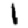
Digit: 1